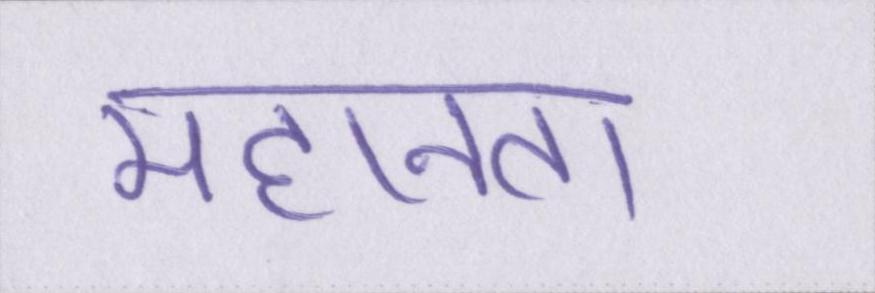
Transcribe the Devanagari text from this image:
महानता